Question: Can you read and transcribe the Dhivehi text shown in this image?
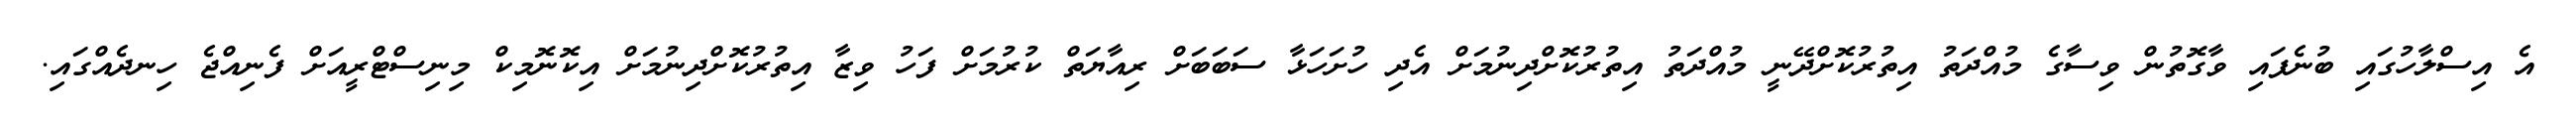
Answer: އެ އިސްލާހުގައި ބުނެފައި ވާގޮތުން ވިސާގެ މުއްދަތު އިތުރުކޮށްދޭނީ މުއްދަތު އިތުރުކޮށްދިނުމަށް އެދި ހުށަހަޅާ ސަބަބަށް ރިއާޔަތް ކުރުމަށް ފަހު ވިޒާ އިތުރުކޮށްދިނުމަށް އިކޮނޮމިކް މިނިސްޓްރީއަށް ފެނިއްޖެ ހިނދެއްގައި.